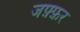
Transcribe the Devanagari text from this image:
जफ़्फ़र